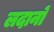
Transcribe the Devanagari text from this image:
लदानों